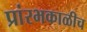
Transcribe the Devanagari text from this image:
प्रांरभकाळीच